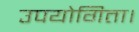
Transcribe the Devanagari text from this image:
उपयोगिता।